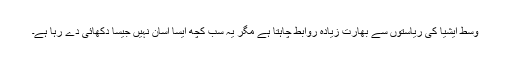
وسط ایشیا کی ریاستوں سے بھارت زیادہ روابط چاہتا ہے مگر یہ سب کچھ ایسا آسان نہیں جیسا دکھائی دے رہا ہے۔